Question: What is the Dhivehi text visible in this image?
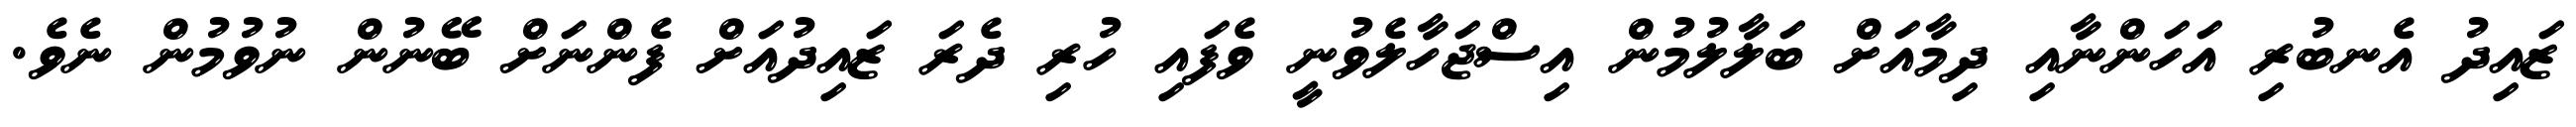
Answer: ޒައިދު އެނބުރި އަހަންނާއި ދިމާއަށް ބަލާލުމުން އިސްޖަހާލެވުނީ ވެފައި ހުރި ދެރަ ޒައިދުއަށް ފެންނަށް ބޭނުން ނުވުމުން ނެވެ.